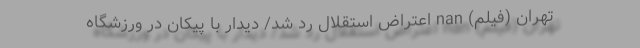
تهران (فیلم) nan اعتراض استقلال رد شد/ دیدار با پیکان در ورزشگاه